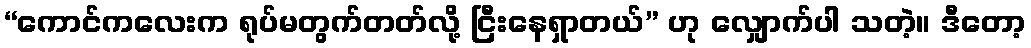
“ကောင်ကလေးက ရုပ်မတွက်တတ်လို့ ငြီးနေရှာတယ်” ဟု လျှောက်ပါ သတဲ့။ ဒီတော့